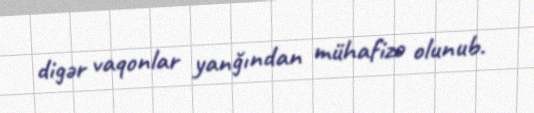
digər vaqonlar yanğından mühafizə olunub.